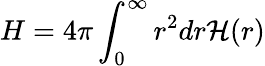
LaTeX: H=4\pi\int_{0}^{\infty}r^{2}dr{\cal H}(r)